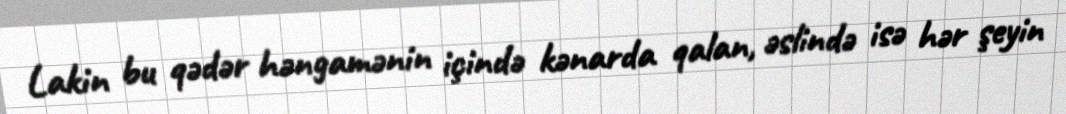
Lakin bu qədər həngamənin içində kənarda qalan, əslində isə hər şeyin